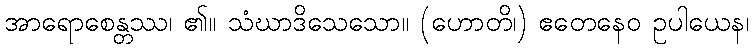
အာရောစေန္တဿ၊ ၏။ သံဃာဒိသေသော။ (ဟောတိ၊) ဧတေနေဝ ဥပါယေန၊